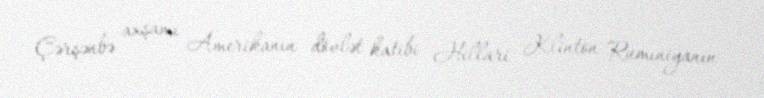
Çərşənbə axşamı Amerikanın dövlət katibi Hillari Klinton Rumıniyanın